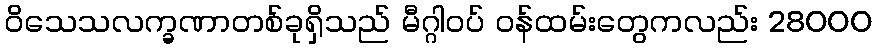
ဝိသေသလက္ခဏာတစ်ခုရှိသည် မီဂ္ဂါဝပ် ဝန်ထမ်းတွေကလည်း 28000